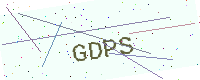
Text: GDPS